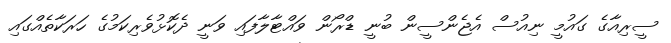
ސީރިއާގެ ގައުމީ ނިއުސް އެޖެންސީން ބުނީ ޑްރޯން ވައްޓާލާފައި ވަނީ ދެކޮޅުވެރިކަމުގެ ހަރަކާތެއްގައި